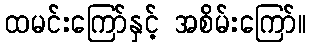
ထမင်းကြော်နှင့် အစိမ်းကြော်။